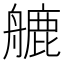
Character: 𦪇